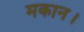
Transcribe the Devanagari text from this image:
मकान।